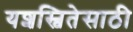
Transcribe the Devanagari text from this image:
यशस्वितेसाठी